Papaver somniferum - Opium : an extract from the sixth volume of the Dictionary of Economic Products of India
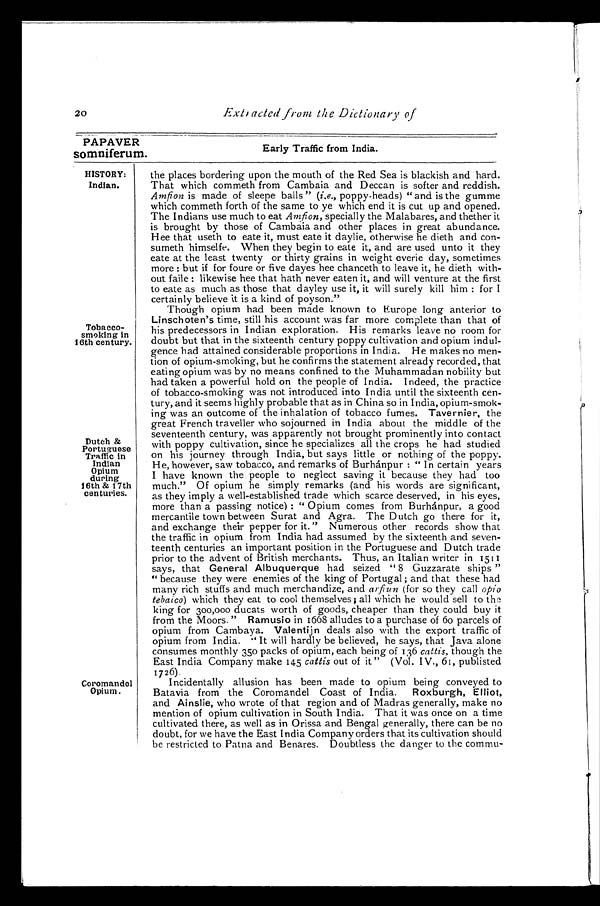
20
Extracted from the Dictionary of
PAPAVER
somniferum.
HISTORY:
Indian.
Tobacco-
smoking in
16th century.
Dutch &
Portuguese
Traffic in
Indian
Opium
during
16th & 17th
centuries.
Coromandel
Opium.
Early Traffic from India.
the places bordering upon the mouth of the Red Sea is blackish and hard.
That which commeth from Cambaia and Deccan is softer and reddish.
Amfion is made of sleepe balls " ( i.e., poppy-heads) " and is the gumme
which commeth forth of the same to ye which end it is cut up and opened.
The Indians use much to eat Amfion, specially the Malabares, and thether it
is brought by those of Cambaia and other places in great abundance.
Hee that useth to eate it, must eate it daylie, otherwise he dieth and con-
sumeth himselfe. When they begin to eate it, and are used unto it they
eate at the least twenty or thirty grains in weight everie day, sometimes
more: but if for foure or five dayes hee chanceth to leave it, he dieth with-
out faile: likewise hee that hath never eaten it, and will venture at the first
to eate as much as those that dayley use it, it will surely kill him: for I
certainly believe it is a kind of poyson."
Though opium had been made known to Europe long anterior to
Linschoten's time, still his account was far more complete than that of
his predecessors in Indian exploration. His remarks leave no room for
doubt but that in the sixteenth century poppy cultivation and opium indul-
gence had attained considerable proportions in India. He makes no men
-tion of opium-smoking, but he confirms the statement already recorded, that
eating opium was by no means confined to the Muhammadan nobility but
had taken a powerful hold on the people of India. Indeed, the practice
of tobacco-smoking was not introduced into India until the sixteenth cen
-tury, and it seems highly probable that as in China so in India, opium-smok
-ing was an outcome of the inhalation of tobacco fumes. Tavernier, the
great French traveller who sojourned in India about the middle of the
seventeenth century, was apparently not brought prominently into contact
with poppy cultivation, since he specializes all the crops he had studied
on his journey through India, but says little or nothing of the poppy.
He, however, saw tobacco, and remarks of Burhánpur: " In certain years
I have known the people to neglect saving it because they had too
much." Of opium he simply remarks (and his words are significant,
as they imply a well-established trade which scarce deserved, in his eyes,
more than a passing notice): " Opium comes from Burhánpur, a good
mercantile town between Surat and Agra. The Dutch go there for it,
and exchange their pepper for it." Numerous other records show that
the traffic in opium from India had assumed by the sixteenth and seven
-teenth centuries an important position in the Portuguese and Dutch trade
prior to the advent of British merchants. Thus, an Italian writer in 1511
says, that General Albuquerque had seized " 8 Guzzarate ships "
" because they were enemies of the king of Portugal; and that these had
many rich stuffs and much merchandize, and arfiun (for so they call opio
tebaico) which they eat to cool themselves; all which he would sell to the
king for 300,000 ducats worth of goods, cheaper than they could buy it
from the Moors. " Ramusio in 1668 alludes to a purchase of 60 parcels of
opium from Cambaya. Valentijn deals also with the export traffic of
opium from India. " It will hardly be believed, he says, that Java alone
consumes monthly 350 packs of opium, each being of 136 cattis, though the
East India Company make 145 cattis out of it" (Vol. IV., 61, publisted
1726).
Incidentally allusion has been made to opium being conveyed to
Batavia from the Coromandel Coast of India. Roxburgh, Elliot,
and Ainslie, who wrote of that region and of Madras generally, make no
mention of opium cultivation in South India. That it was once on a time
cultivated there, as well as in Orissa and Bengal generally, there can be no
doubt, for we have the East India Company orders that its cultivation should
be restricted to Patna and Benares. Doubtless the danger to the commu-